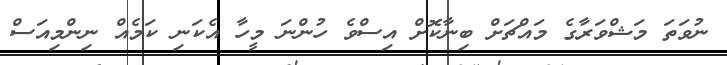
ނުވަތަ މަޝްވަރާގެ މައްޗަށް ބިނާކޮށް އިސްވެ ހުންނަ މީހާ އެކަނި ކަމެއް ނިންމިއަސް